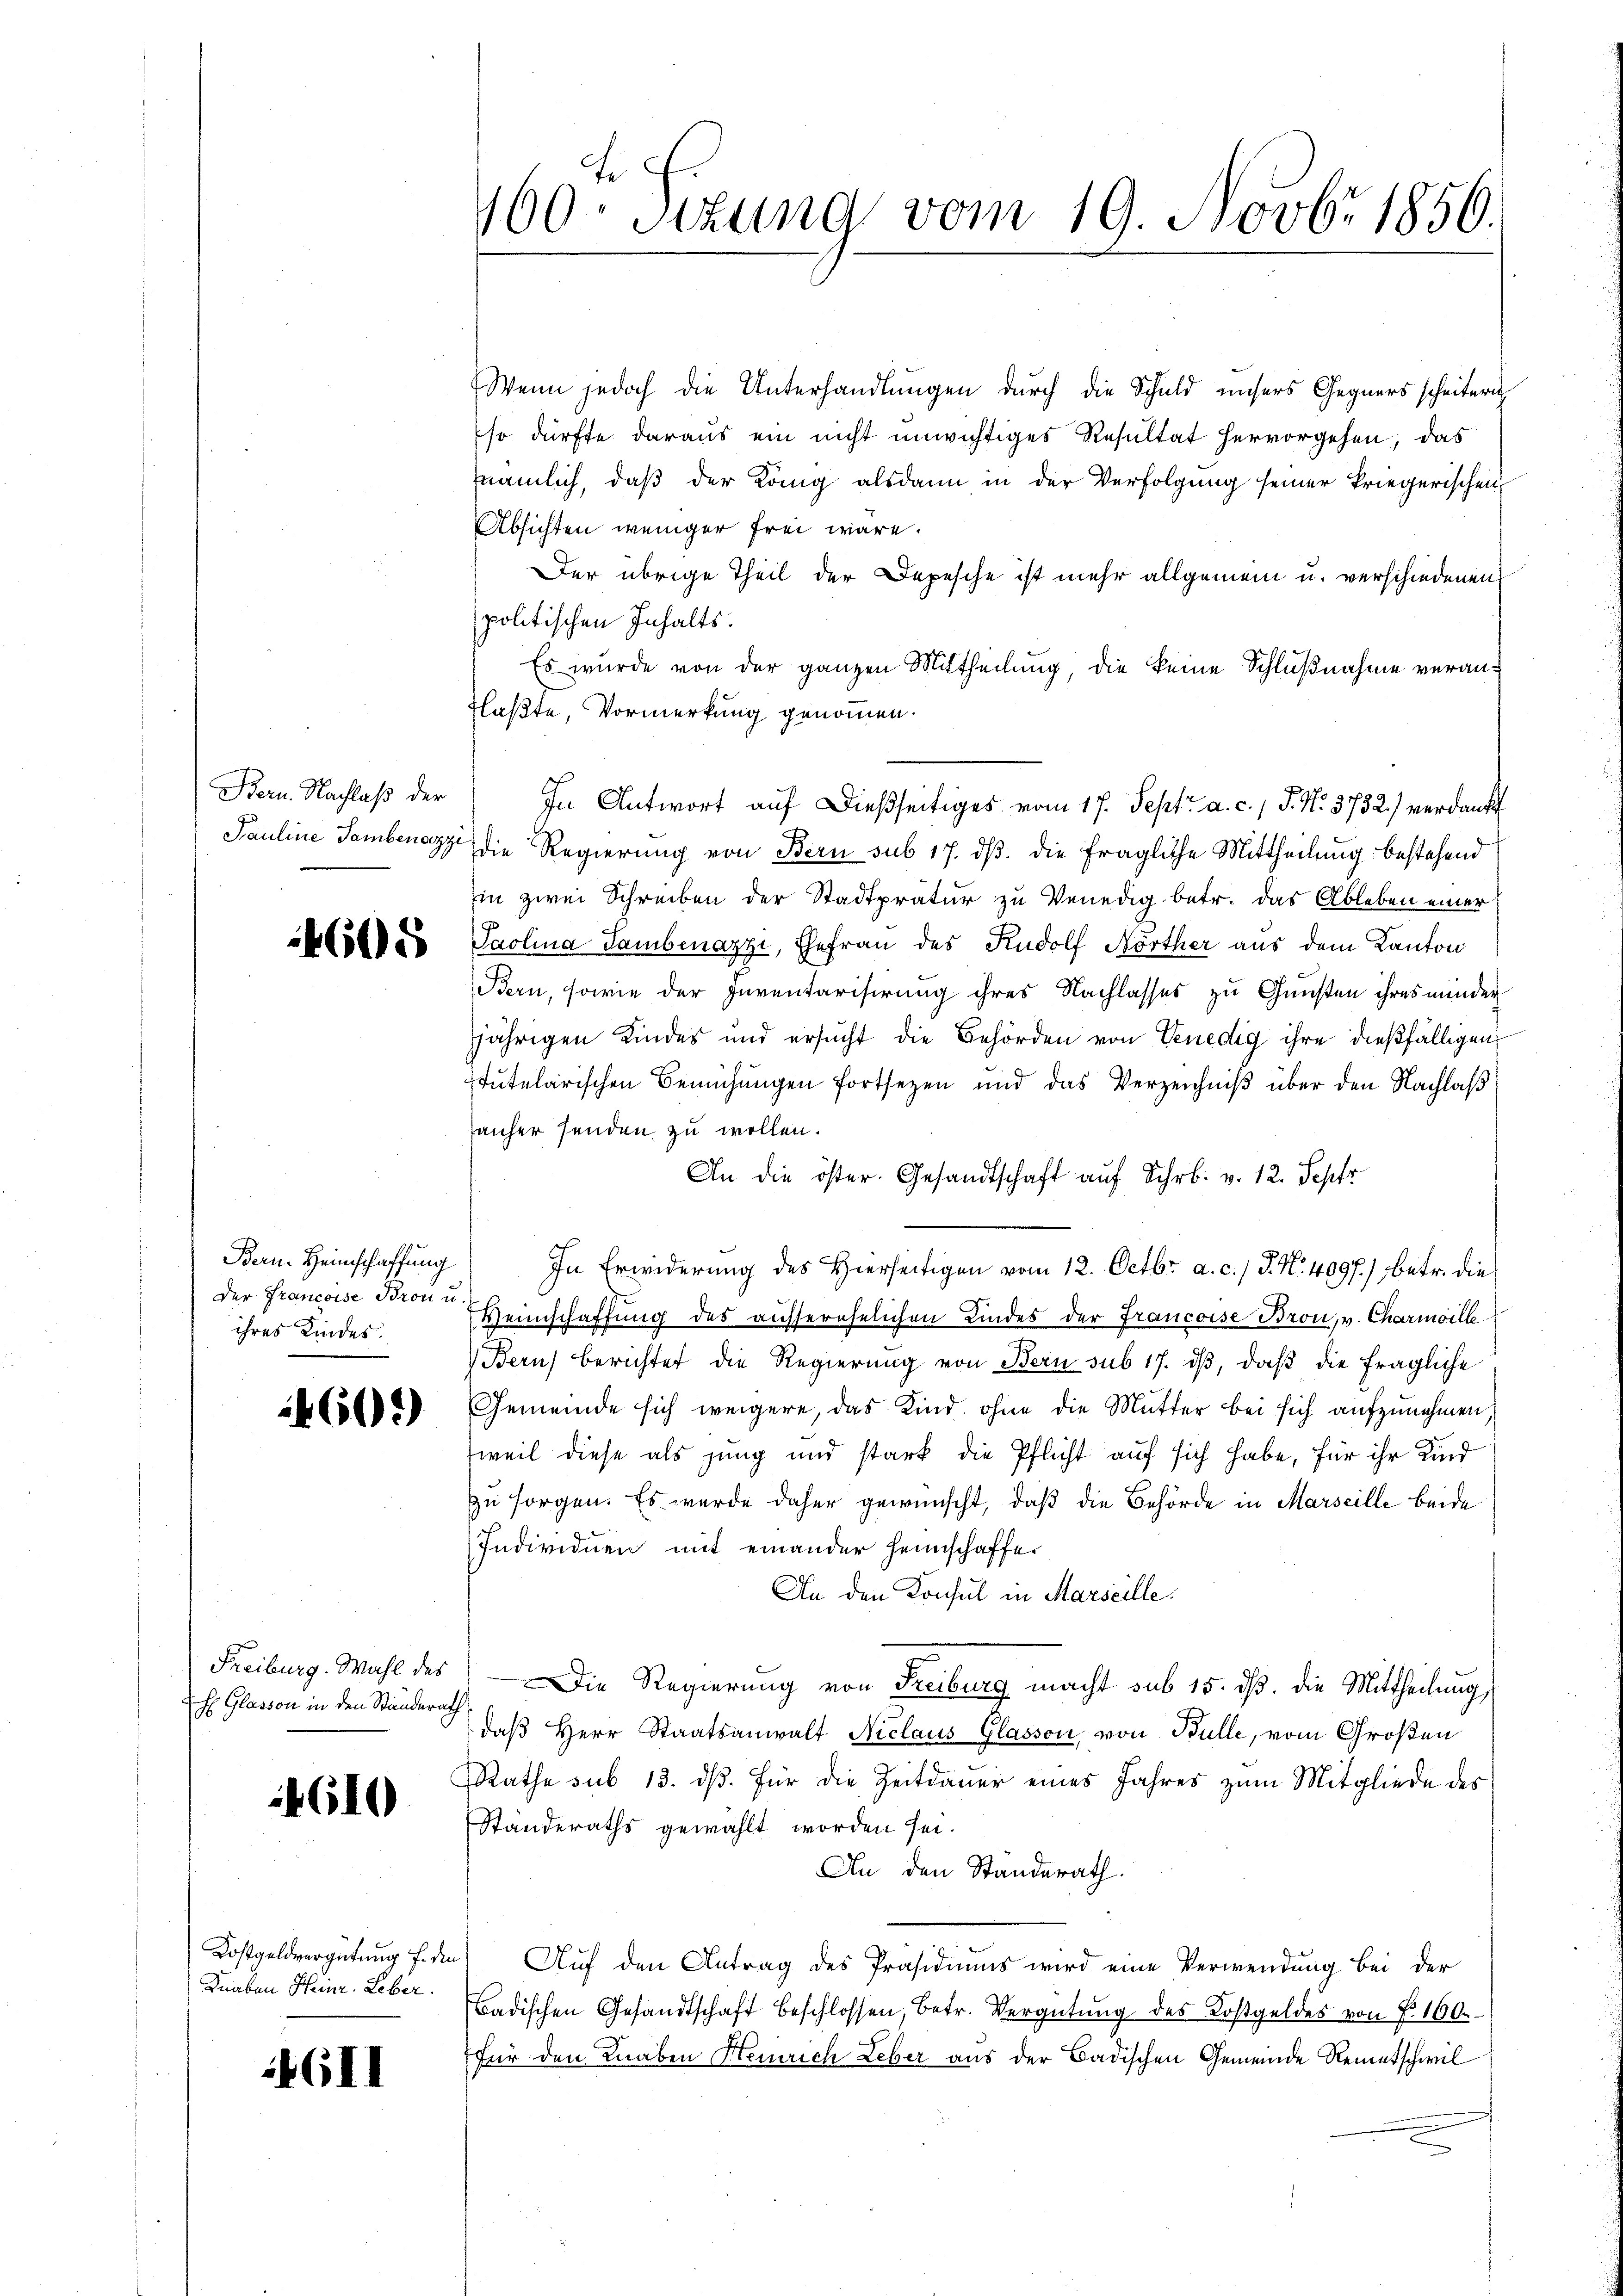
4605

Der Francoise Bron u.
ihres Kindes.

460.)

h Glasson in den Ständerath

4610

Knaben Heinr. Leber.

GII

Wenn jedoch die Unterhandlungen durch die Schuld unsers Gegners scheitern
so dürfte daraus ein nicht unwichtiges Resultat hervorgehen, das
nämlich, daß der König alsdann in der Verfolgung seiner kriegerischen
Absichten weniger frei wäre.
Der übrige Theil der Depesche ist mehr allgemein u. verschiedenen
politischen Inhalts.
Es wurde von der ganzen Mittheilung, die keine Schlußnahme veran¬
Flaßte, Vormerkung genommen.
Bern. Nachlaβ der In Antwort auf dießseitiges vom 17. Sept. a. c., S. N. 3732.) verdankt
Pauline Sambenach die Regierung von Bern sub 17. ds. die fragliche Mittheilung bestehend
in zwei Schreiben der Stadtpratur zu Venedig betr. das Ableben einer
Paolina Tambenazzi, Ehefrau des Rudolf Nörther aus dem Kanton
Bern, sowie der Inventarisirung ihres Nachlasses zu Gunsten ihres minder
jährigen Kindes und ersucht die Behörden von Venedig ihre dießfälligen
stutelarischen Bemühungen fortsezen und das Verzeichniß über den Nachlaß
rauher senden zu wollen.
An die öster. Gesandtschaft auf Schr. v. 12. Septr
n
Bern. Heimschaffŭng) In Erwiderŭng des Hierseitigen vom 12. Octbr. a. c.) P. Nr. 4097.) betr. die
Weinschaffung des ausserehelichen Kindes der Francoise Bron, v. Charmoille
Bern) berichtet die Regierung von Bern sub 17. dβ, daß die fragliche
Gemeinde sich weigere, das Kind ohne die Mutter bei sich aufzunehmen,
weil diese als jung und stark die Pflicht auf sich habe, für ihr Kind
zu sorgen. Es wurde daher gewünscht, daß die Behörde in Marseille beide
Individuen mit einander Heimschaffe.
An den Konsul in Marseille.
Freiburg. Wahl des Die Regierung von Freiburg macht sub 15. dß. die Mittheilung,
daβ Herr Staatsanwalt Niclaus Glasson von Bulle, vom Großen
Rathe sub 13. dβ. Für die Zeitdauer eines Jahres zum Mitgliede des
Ständeraths gewählt worden sei.
An den Standerath.
Kostgeldvergütung f. den Auf den Antrag des Präsidiums wird eine Verwendung bei der
Badischen Gesandtschaft beschlossen, betr. Vergütŭng des Kostgeldes von P. 160.
für den Knaben Heinrich Leber aus der Badischen Gemeinde Remetschwil

160. Sitzung vom 19. Novbr 1856.